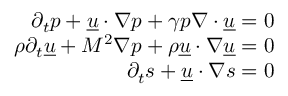
\begin{array} { r } { \partial _ { t } p + \underline { { u } } \ensuremath { \boldsymbol { \cdot } } \nabla p + \gamma p \nabla \ensuremath { \boldsymbol { \cdot } } \underline { { u } } = 0 } \\ { \rho \partial _ { t } \underline { { u } } + M ^ { \- 2 } \nabla p + \rho \underline { { u } } \ensuremath { \boldsymbol { \cdot } } \nabla \underline { { u } } = 0 } \\ { \partial _ { t } s + \underline { { u } } \ensuremath { \boldsymbol { \cdot } } \nabla s = 0 } \end{array}